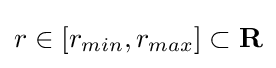
r\in [r_{min},r_{max}]\subset \mathbf {R}